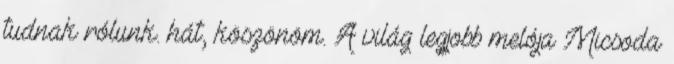
tudnak rólunk. hát, köszönöm. A világ legjobb melója Micsoda